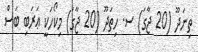
ތިނަދޫ (20 ޖާގަ) ސ. ހިތަދޫ (20 ޖާގަ) މިކޯހަކީ ޢަރަބި ބަސް